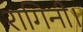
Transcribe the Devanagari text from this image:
रागिनी।